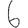
Digit: 6